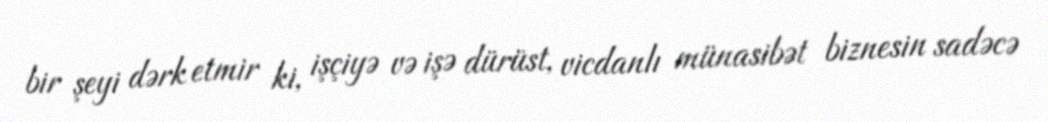
bir şeyi dərk etmir ki, işçiyə və işə dürüst, vicdanlı münasibət biznesin sadəcə